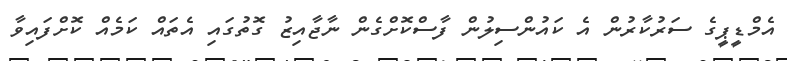
އެމްޑީޕީގެ ސަރުކާރުން އެ ކައުންސިލުން ފާސްކޮށްގެން ނާޖާއިޒު ގޮތުގައި އެތައް ކަމެއް ކޮށްފައިވާ